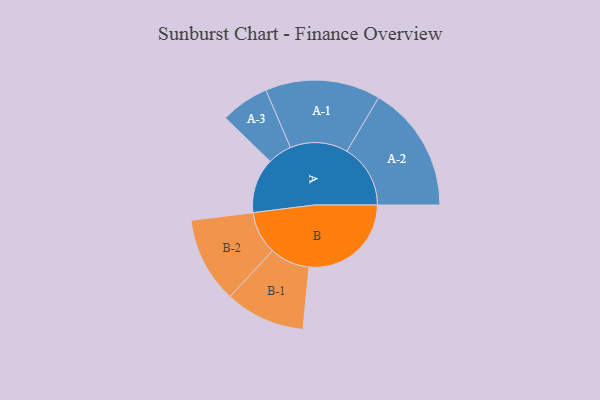
{"axis": {"x": "Segment", "y": "Value"}, "legend": ["", "A", "B"], "data": [{"x": "A", "y": 258, "type": ""}, {"x": "B", "y": 481, "type": ""}, {"x": "A-1", "y": 271, "type": "A"}, {"x": "A-2", "y": 299, "type": "A"}, {"x": "A-3", "y": 114, "type": "A"}, {"x": "B-1", "y": 188, "type": "B"}, {"x": "B-2", "y": 202, "type": "B"}]}